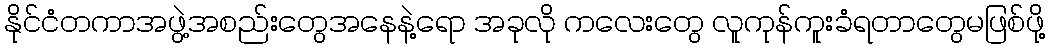
နိုင်ငံတကာအဖွဲ့အစည်းတွေအနေနဲ့ရော အခုလို ကလေးတွေ လူကုန်ကူးခံရတာတွေမဖြစ်ဖို့